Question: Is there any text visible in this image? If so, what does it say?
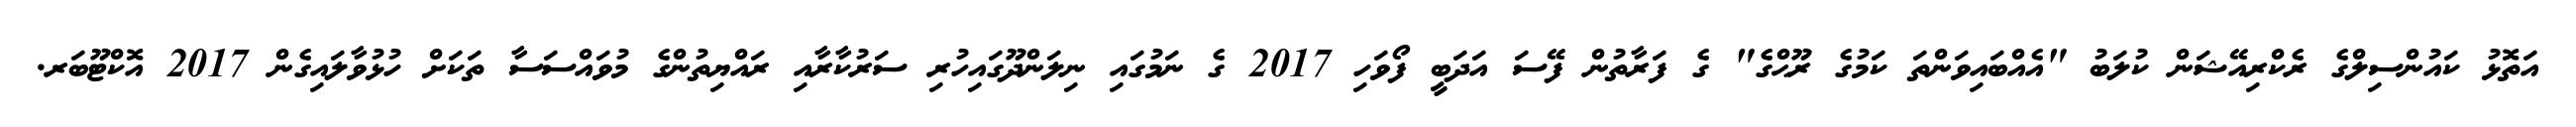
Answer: އަތޮޅު ކައުންސިލްގެ ރެކްރިއޭޝަން ކުލަބު "އެއްބައިވަންތަ ކަމުގެ ރޫޙްގެ" ގެ ފަރާތުން ފޭސަ އަދަބީ ފޯވަހި 2017 ގެ ނަމުގައި ނިލަންދޫގައިހުރި ސަރުކާރާއި ރައްޔިތުންގެ މުވައްސަސާ ތަކަށް ހުޅުވާލައިގެން 2017 އޮކްޓޫބަރ.